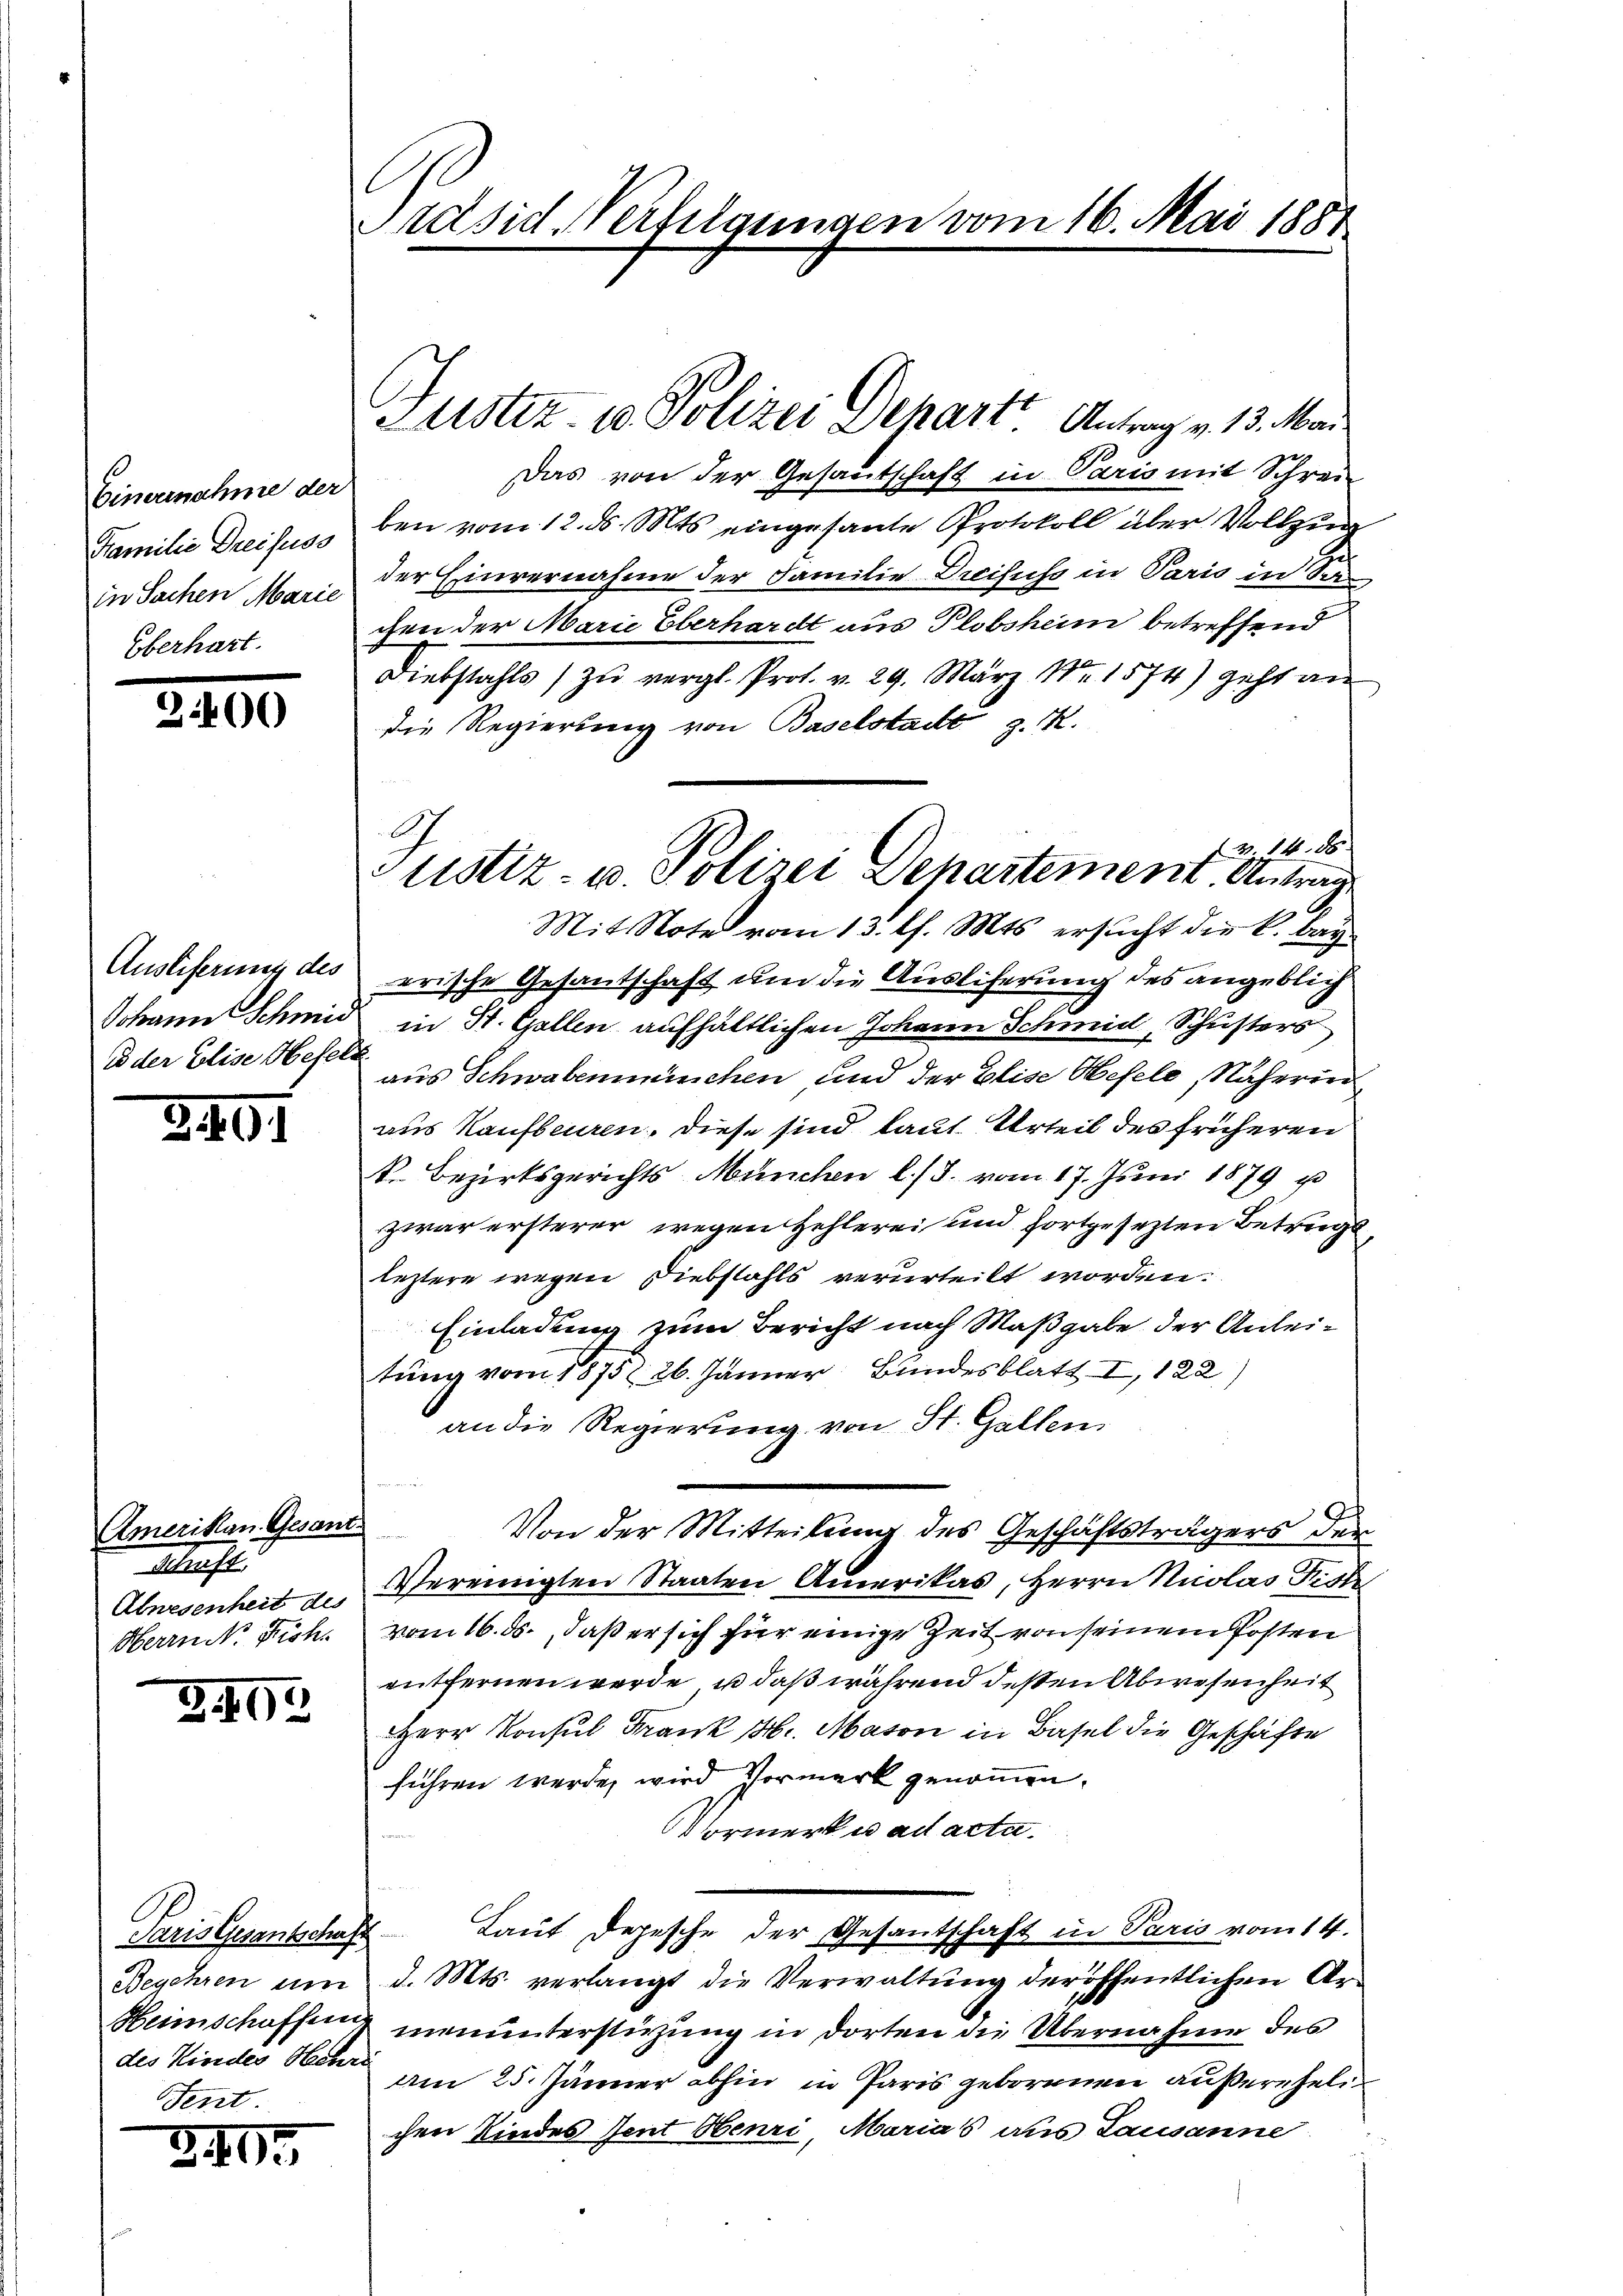
Einvernahme der
Familie Dreifuss
in Sachen Marie
Oberhart.

0

Auslieferung des
Johann Schmid
od der Elise Hefeln

3407

Amerikan Gesant
Schaft,
Abnesenheit des
Herrn N. Fich

G. 192

Paris Gesantschaft
Begehren um
des Kindes Herrn

240.

Präsid. Verhelgungen vom 16. Mai 1881

Das von der Gesautschaft in Paris mit Schrei
ben vom 12. ds. Mts. eingesante Protokoll aber Vollzug
der Einvernahme der Familie Dreiseso in Paris in See
chen der Marie Oberhardt aus Plobsheim betreffend
Diebstahls zŭ vergl. Prot. v. 29. März Nr 1574) geht an
die Regierung von Baselstadt z. R.
V. 14. 85.
Mit Note vom 13. l. Mts. ersucht die k. bayarische Gesantschaft um die Ausliferung des angeblich
in St. Gallen aufhältlichen Johann Schmid, Schusters
aus Schwabenmachen, und der Elise Oefele, Näherin
aus Kaufbeuren, diese sind laut Urteil des früheren
k. Bezirksgerichts München l. J. vom 17. Juni 1879 u
zwar ersterer wegen Hehlerei und fortgesezten Betrugsleztere wegen Diebstahls verurteilt worden.
Einladung zum Bericht nach Maßgabe der Anleitung vom 1875. 26. Jänner Bundesblatt I, 122)
an die Regierung von St. Gallen
m
Von der Mitteilung des Geschäftsträgers der
Vereinigten Staaten Amerikas, Herrn Nuolas Fich
vom 16. ds., daß er sich für einige Zeit von seinem Posten
entfernen werde, u. daß während dessen Abwesenheit
HHerr Konsul Frank H. Maion in Basel die Geschäfte
führen werde, wird Vormerk genommen.
Vormerke ad acta.
Lauf Depesche der Gesantschaft in Paris vom 14.
d. Mts. verlangt die Verwaltung der öffentlichen Ar¬
Heimschaffen menunterstüzung in dorten die Übernahme des
am 25. Jänner abhin in Paris geborenen außereheli
chen Kindes Jent Obenzi, Marias aus Lausanne

Justiz- u. Polizei Depart. Antrag v. 13. Mar

G
tistiz- u. Polizei Departement. Antrag